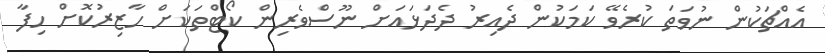
އެއްޗަކުން ނުވަތަ ކުރެވޭ ކަމަކުން ދެއިރު ދެދަޅައަށް ނޫސްވެރިން ކޯޓްތަކަށް ހާޒިރުކޮށް ހިފާ